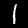
Label: 1